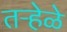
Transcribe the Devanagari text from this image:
तऱ्हेळे